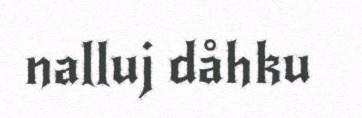
nalluj dåhku